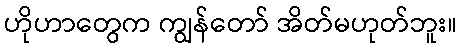
ဟိုဟာတွေက ကျွန်တော် အိတ်မဟုတ်ဘူး။